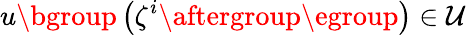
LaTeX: u\mathopen{}\mathclose\bgroup\left(\zeta^{i}\aftergroup\egroup\right)\in\mathcal{U}